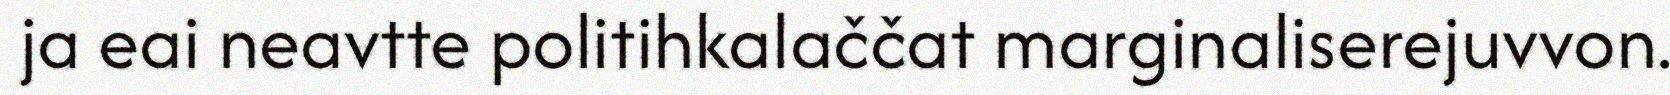
ja eai neavtte politihkalaččat marginaliserejuvvon.